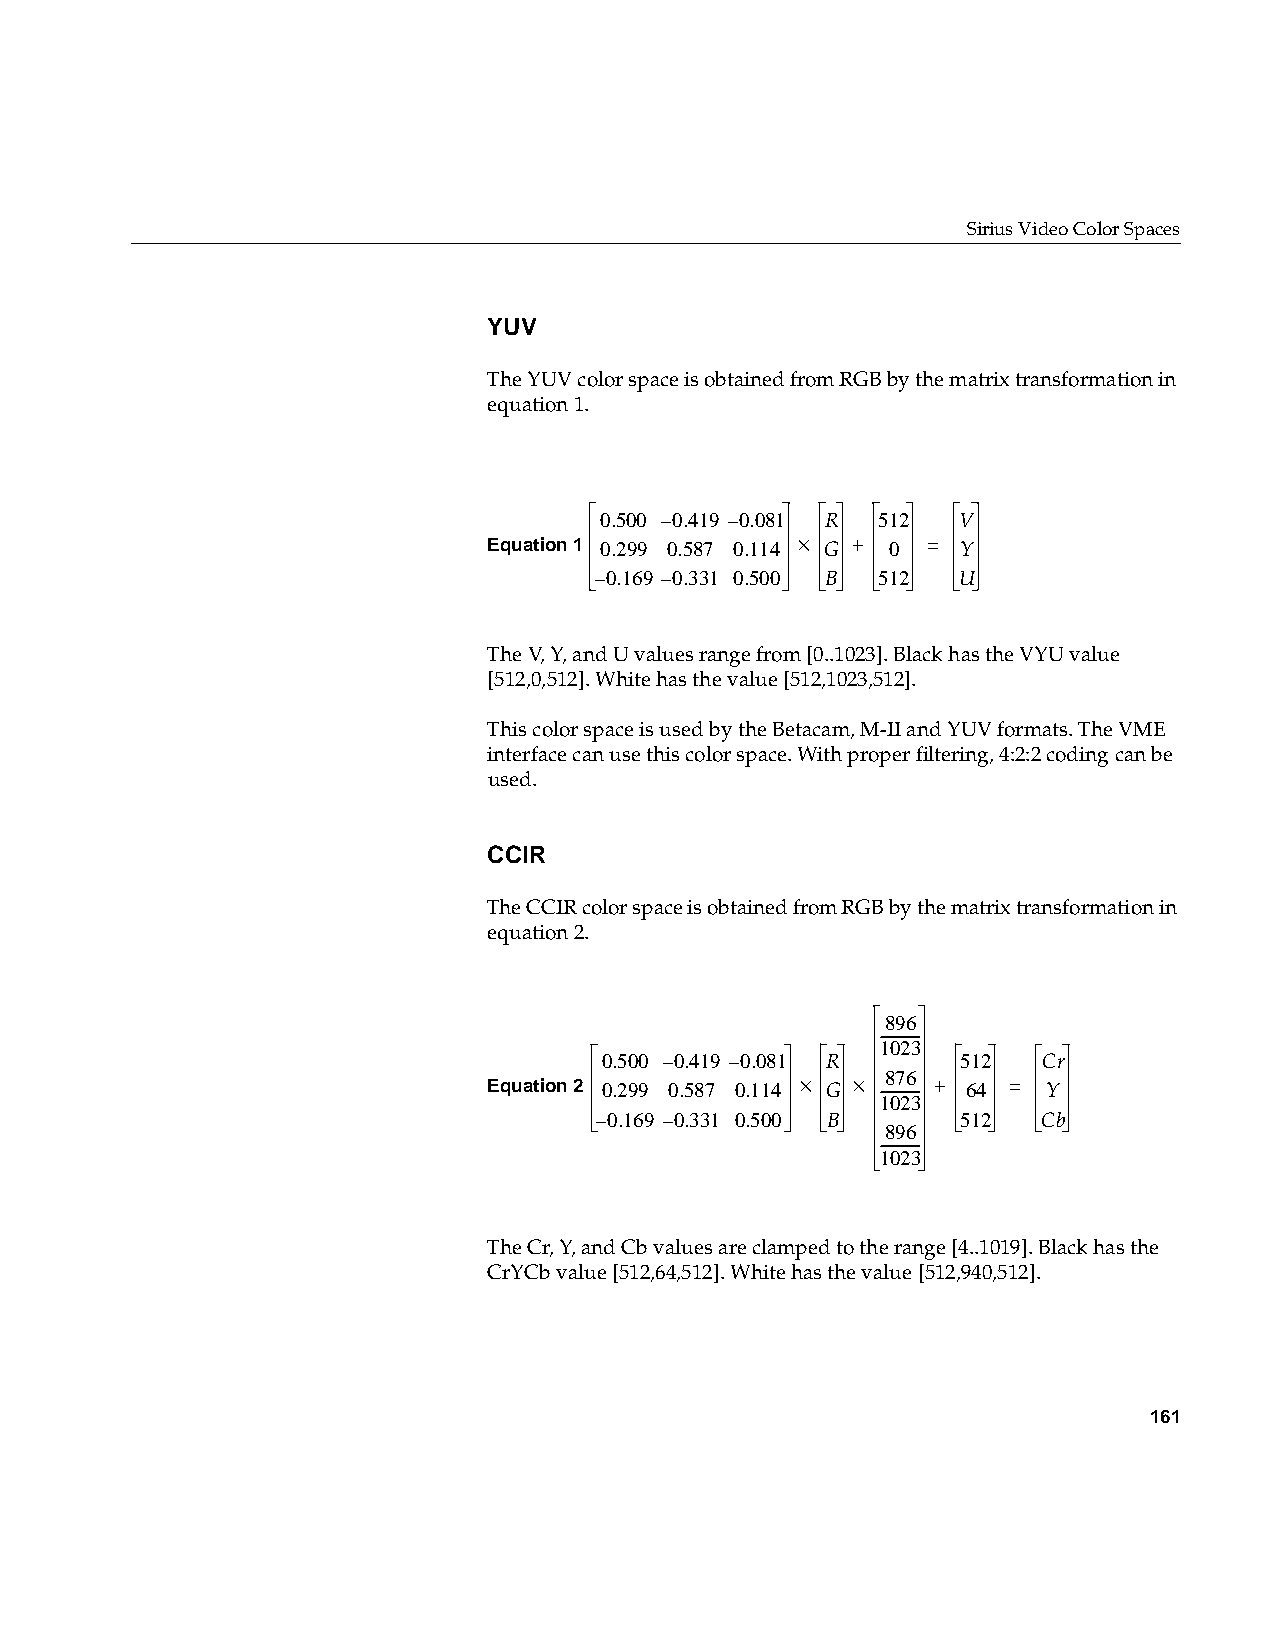
Sirius Video Color Spaces
 YUV
 The YUV color space is obtained from RGB by the matrix transformation in
 equation 1.
 0.500 –0.419 –0.081 R 512 V
 Equation 1 0.299 0.587 0.114 × G + 0 = Y
 –0.169 –0.331 0.500 B 512 U
 The V, Y, and U values range from [0..1023]. Black has the VYU value
 [512,0,512]. White has the value [512,1023,512].
 This color space is used by the Betacam, M-II and YUV formats. The VME
 interface can use this color space. With proper filtering, 4:2:2 coding can be
 used.
 CCIR
 The CCIR color space is obtained from RGB by the matrix transformation in
 equation 2.
 896
 ------------
 1023
 0.500 –0.419 –0.081 R   512  Cr
 Equation 2 0.299 0.587 0.114 × G × --8 ---7 ---6 ---- + 64 = Y
 1023
 –0.169 –0.331 0.500 B    512  Cb
 896
 ------------
 1023
 The Cr, Y, and Cb values are clamped to the range [4..1019]. Black has the
 CrYCb value [512,64,512]. White has the value [512,940,512].
 161